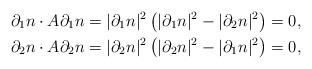
\begin{align*}\partial_1 n \cdot A \partial_1 n & = |\partial_1 n|^2 \left(|\partial_1 n|^2-|\partial_2 n|^2 \right)=0, \\\partial_2 n \cdot A \partial_2 n & = |\partial_2 n|^2\left(|\partial_2 n|^2 - |\partial_1 n|^2 \right) = 0,\end{align*}